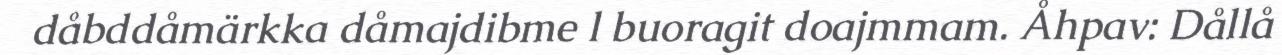
dåbddåmärkka dåmajdibme l buoragit doajmmam.﻿﻿ Åhpav: Dållå